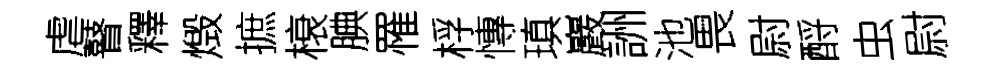
虐瞽釋燬摭榱腆罹桴慱瑱巖詶池畏尉酹虫尉